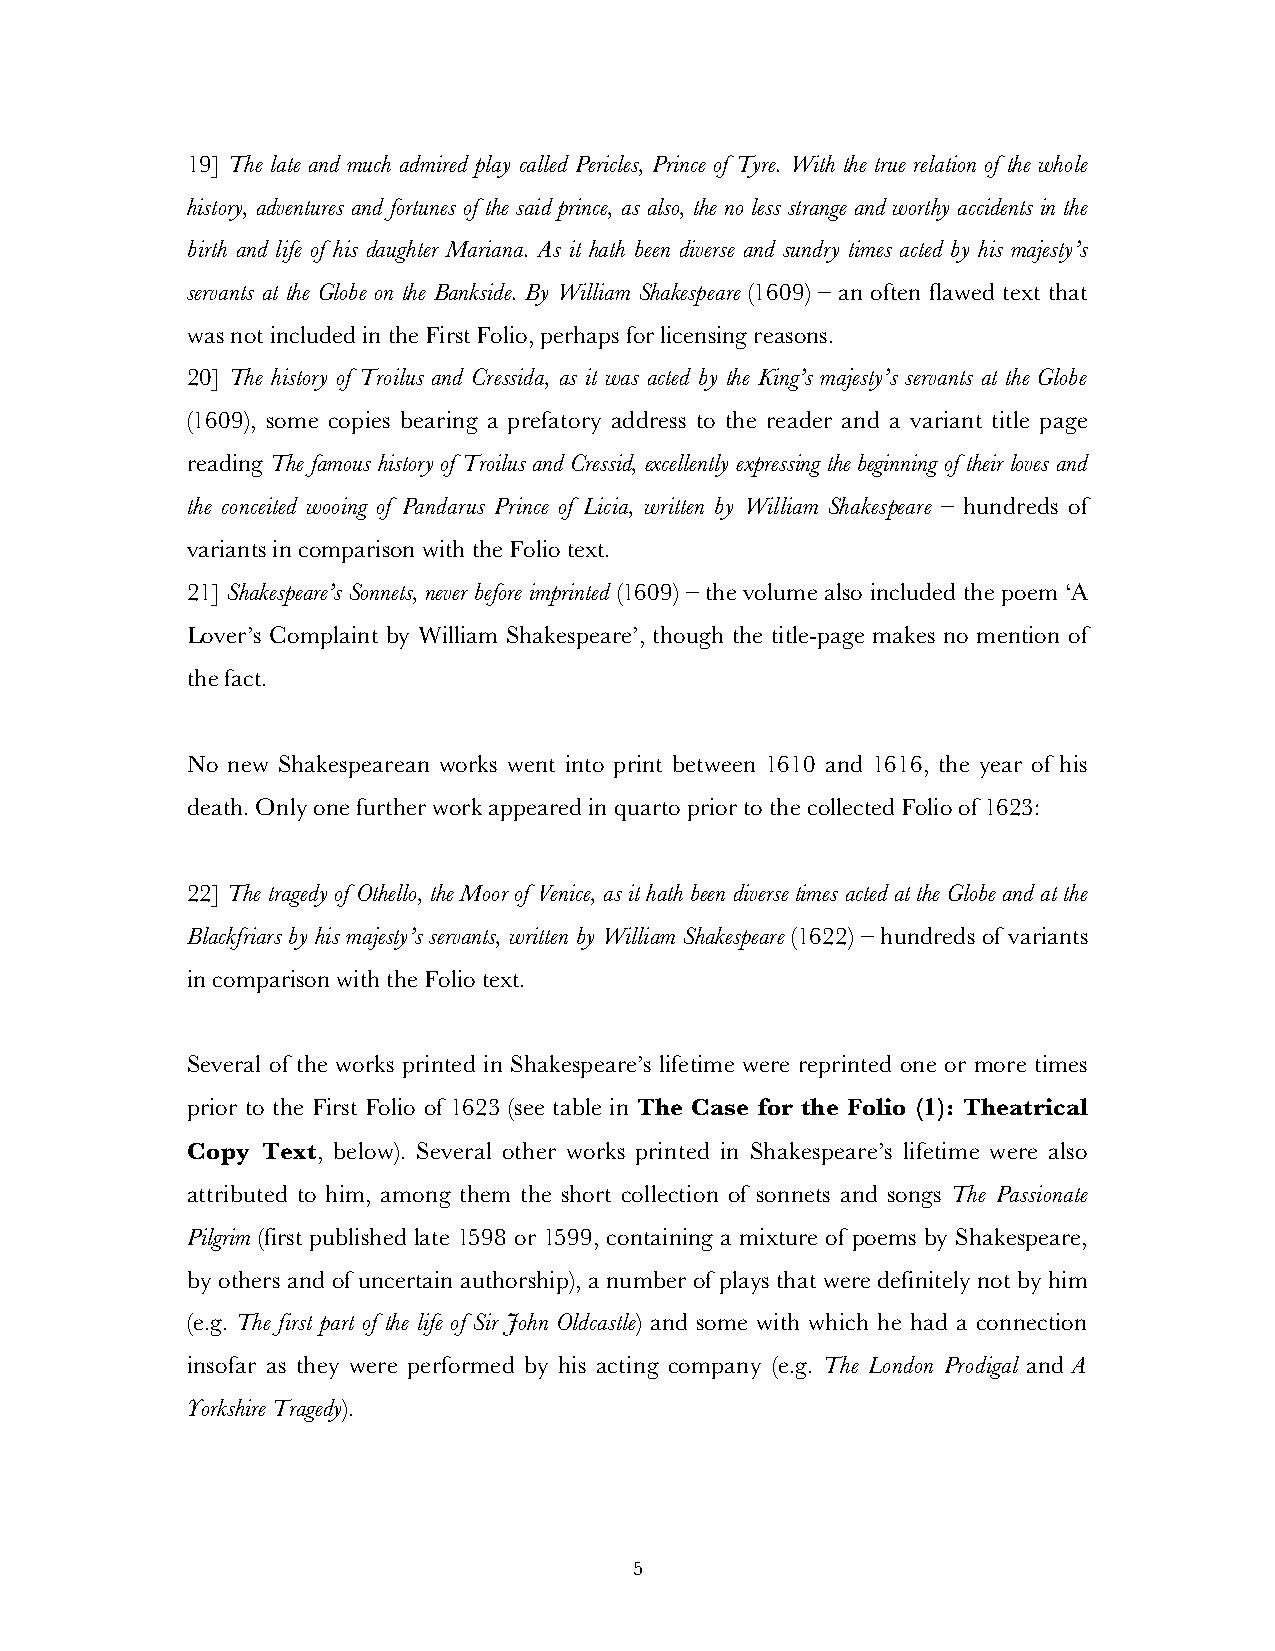
19] The late and much admired play called Pericles, Prince of Tyre. With the true relation of the whole
 history, adventures and fortunes of the said prince, as also, the no less strange and worthy accidents in the
 birth and life of his daughter Mariana. As it hath been diverse and sundry times acted by his majesty’s
 servants at the Globe on the Bankside. By William Shakespeare (1609) – an often flawed text that
 was not included in the First Folio, perhaps for licensing reasons.
 20] The history of Troilus and Cressida, as it was acted by the King’s majesty’s servants at the Globe
 (1609), some copies bearing a prefatory address to the reader and a variant title page
 reading The famous history of Troilus and Cressid, excellently expressing the beginning of their loves and
 the conceited wooing of Pandarus Prince of Licia, written by William Shakespeare – hundreds of
 variants in comparison with the Folio text.
 21] Shakespeare’s Sonnets, never before imprinted (1609) – the volume also included the poem ‘A
 Lover’s Complaint by William Shakespeare’, though the title-page makes no mention of
 the fact.
 No new Shakespearean works went into print between 1610 and 1616, the year of his
 death. Only one further work appeared in quarto prior to the collected Folio of 1623:
 22] The tragedy of Othello, the Moor of Venice, as it hath been diverse times acted at the Globe and at the
 Blackfriars by his majesty’s servants, written by William Shakespeare (1622) – hundreds of variants
 in comparison with the Folio text.
 Several of the works printed in Shakespeare’s lifetime were reprinted one or more times
 prior to the First Folio of 1623 (see table in The Case for the Folio (1): Theatrical
 Copy Text, below). Several other works printed in Shakespeare’s lifetime were also
 attributed to him, among them the short collection of sonnets and songs The Passionate
 Pilgrim (first published late 1598 or 1599, containing a mixture of poems by Shakespeare,
 by others and of uncertain authorship), a number of plays that were definitely not by him
 (e.g. The first part of the life of Sir John Oldcastle) and some with which he had a connection
 insofar as they were performed by his acting company (e.g. The London Prodigal and A
 Yorkshire Tragedy).
 5